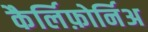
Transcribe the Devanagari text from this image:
कैर्लिफ़ोर्निअ